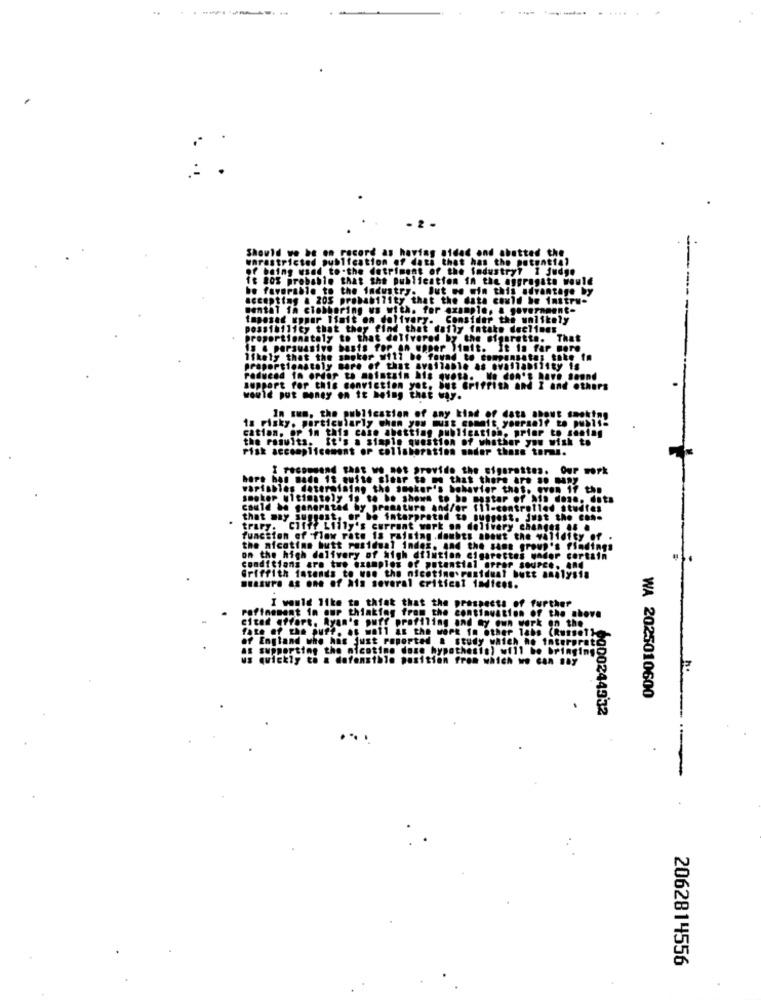
-
Bida
and
atted the
thet ha
.the
of the fadustry7 1 judge
the potential
Publient
Ton in the aggregate would
to the focus
ry. Jut no win this advantage by
205
data could be instru-
uppur ISmit on delivery.
fder the unlikely
likely
Intake declines
oly to that delivered by the Big
sigaretta. That
basis for an upper limit. it is far more
likely that the smoker will be f
proportionately bore of that Available as ovaliability is
Poduend In order to
ninthin his quota. We don't have sound
would put money on it being that way.
is Fisky. particularly when you must commit yourself to publi-
In men, the publication of any kind of data about smoking
cation. or in this case abetting publication. prior to seeing
the results.
It's a simple question of whether you wish to
risk accomplicemont or collaboration onder these terms.
I recommend that we.not provide the sigarettes. Our work
hort ban made it quite sier to me that there are so bay
variables determining the smoker's behavior that. even 17 the
smoker ultimately 19 to be shown to bo mustar of Ais done. dita
could be generated by premature and/or fil-controlled studfes
that may suggest, or be interpreted to Butest. Just the ....
EPIFY.
CIff? Lilly's current work on delivery changes .. .
function of flow rate is raising .doubts about the validity of
the nicotinn butt pasidual index. An4 the samt group's findings
on the high delivery of high dilution cigarettes under certain
conditions are two examples of potential error source. And
Griffith intends to won the nicotine residual butt analysis
Stature as one of his several critfest Indices.
Pofinement in our thinking from the con
I would like to think that the
Yan's DuTE profiling and Ay ON
HOPE To Other
.ported
nicotine doze hy
ath
fensthle positi
from which
WA 2025010600
0000244332
2062814556